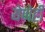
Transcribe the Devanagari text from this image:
येणेही